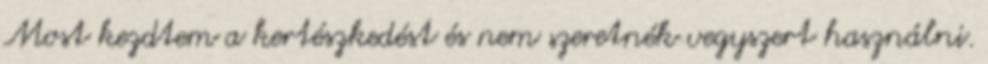
Most kezdtem a kertészkedést és nem szeretnék vegyszert használni.